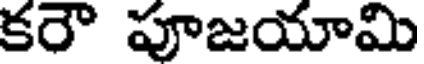
కరౌ పూజయామి